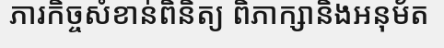
ភារកិច្ចសំខាន់ពិនិត្យ ពិភាក្សានិងអនុម័ត